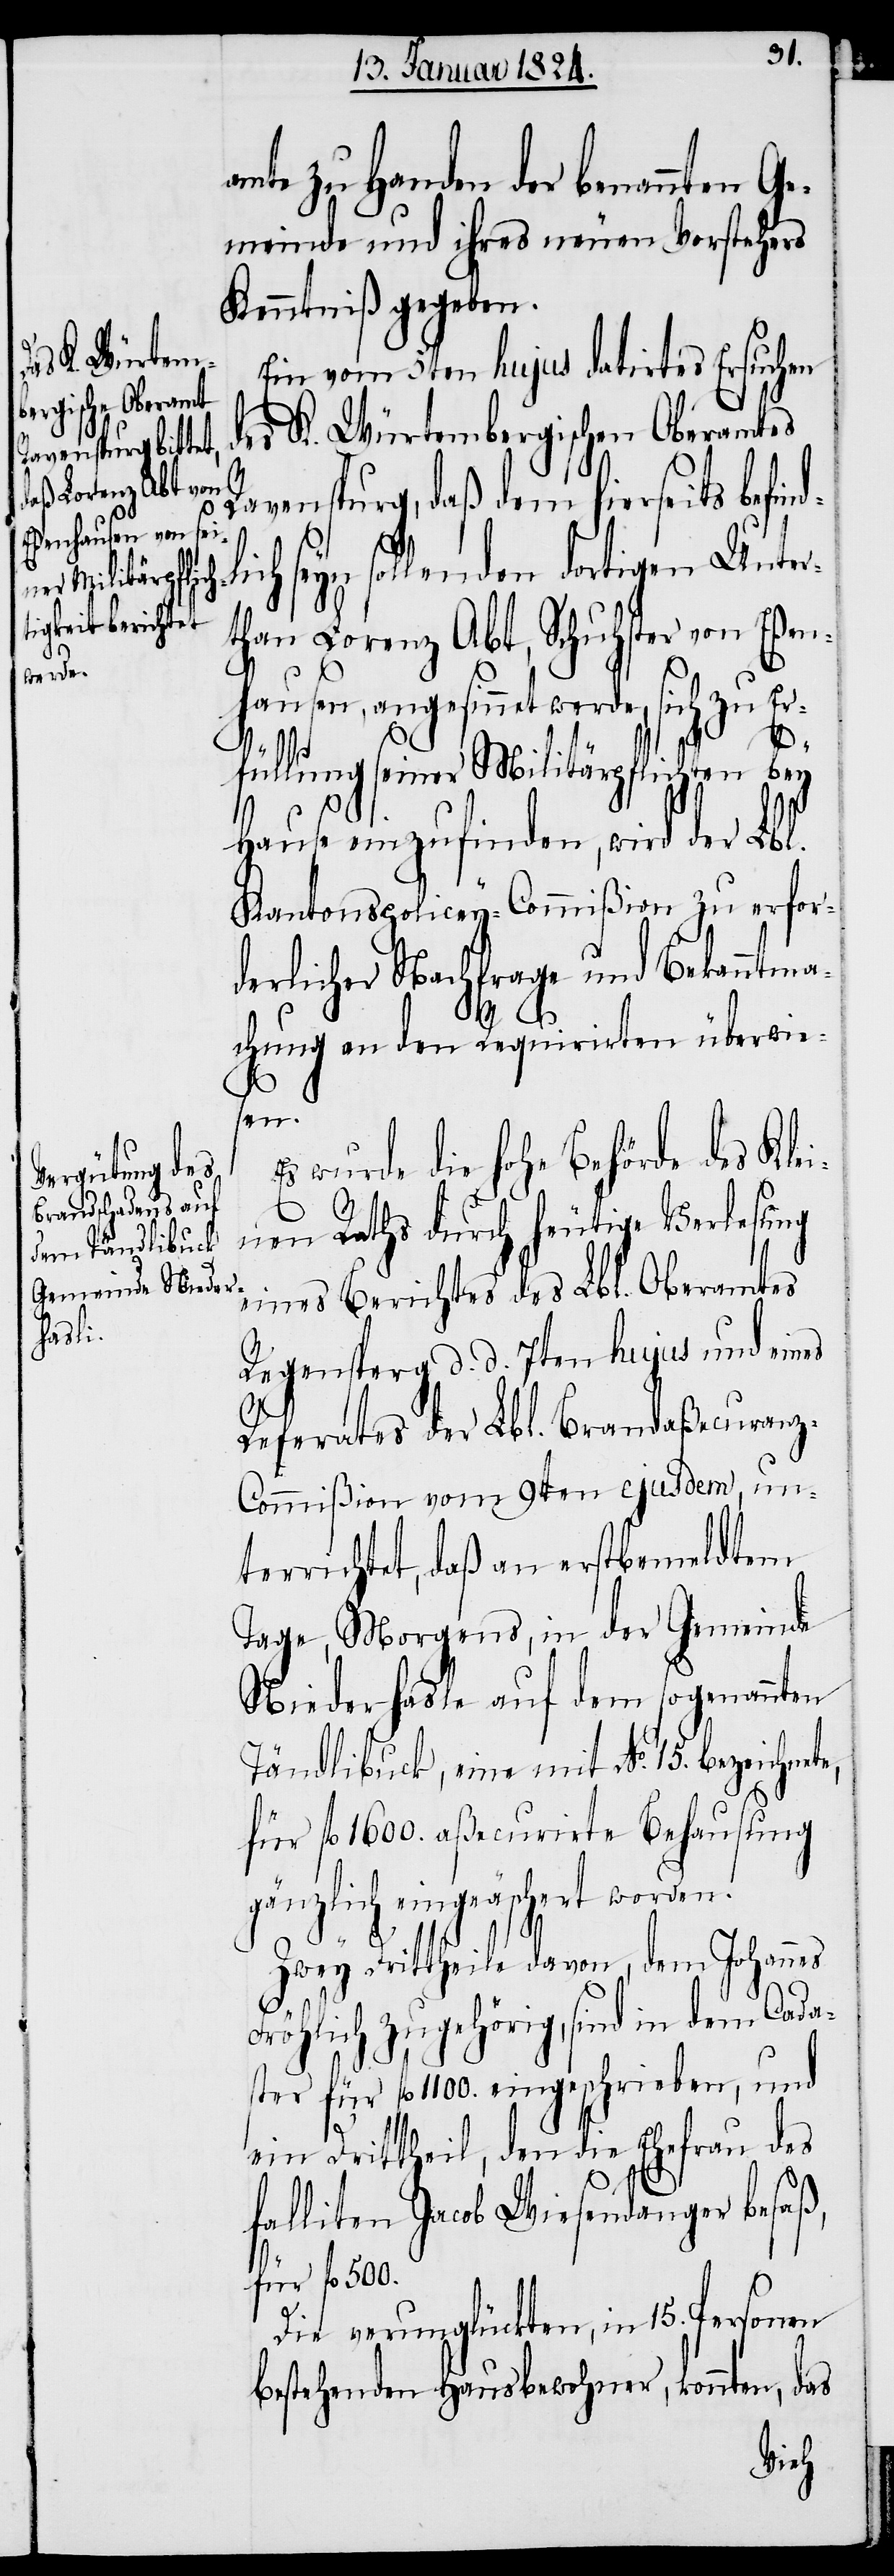
rhasle

amte zu Handen der benannten Ge¬
meinde und ihres neuen Vorstehers
Kenntniß gegeben.
Ein vom 5ten hujus datirtes Ersuchen
des K. Würtembergischen Oberamtes
Ravenspurg, daß dem hierseits befin¬
seyn sollenden dortigen Unter¬
than Lorenz Abt, Schuhster von Eßen¬
hausen, angesinnet werde, sich zu Er¬
e,
füllung seiner Militärpflichten bey
Hause einzufinden, wird der Lbl.
Kantonspolicey-Commißion zu erfor¬
derlicher Nachfrage und Bekanntma¬
chung an den Requirirten überwie¬
sen.
wurde die hohe Behörde des Klei¬
nen Raths durch heutige Verlesung
eines Berichtes des Lbl. Oberamtes
Regensperg d. d. 7ten hujus und eines
Referates der Lbl. Brandaßecuranz-C¬
ommißion vom 9ten ejusdem, un¬
terrichtet, das an erstbemeldtem
Tage, Morgens, in der Gemeinde
Tändlibuck, eine mit No. 15. bezeichnet¬
für fl. 1600. aßecurirte Behausung
gänzlich eingeäschert worden.
Zwey Drittheile davon, dem Johannes
Fröhlich zugehörig, sind in dem Cada¬
ster für fl. 1100. eingeschrieben, und
ein Drittheil, den die Ehefrau des
falliten Jacob Wiesendanger besaß
für fl. 500.
Die verunglückten, in 15. Personen
bestehenden Hausbewohner, konnten, das
Niede¬